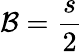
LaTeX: {\mathcal{B}=\frac{{s}}{{2}}}